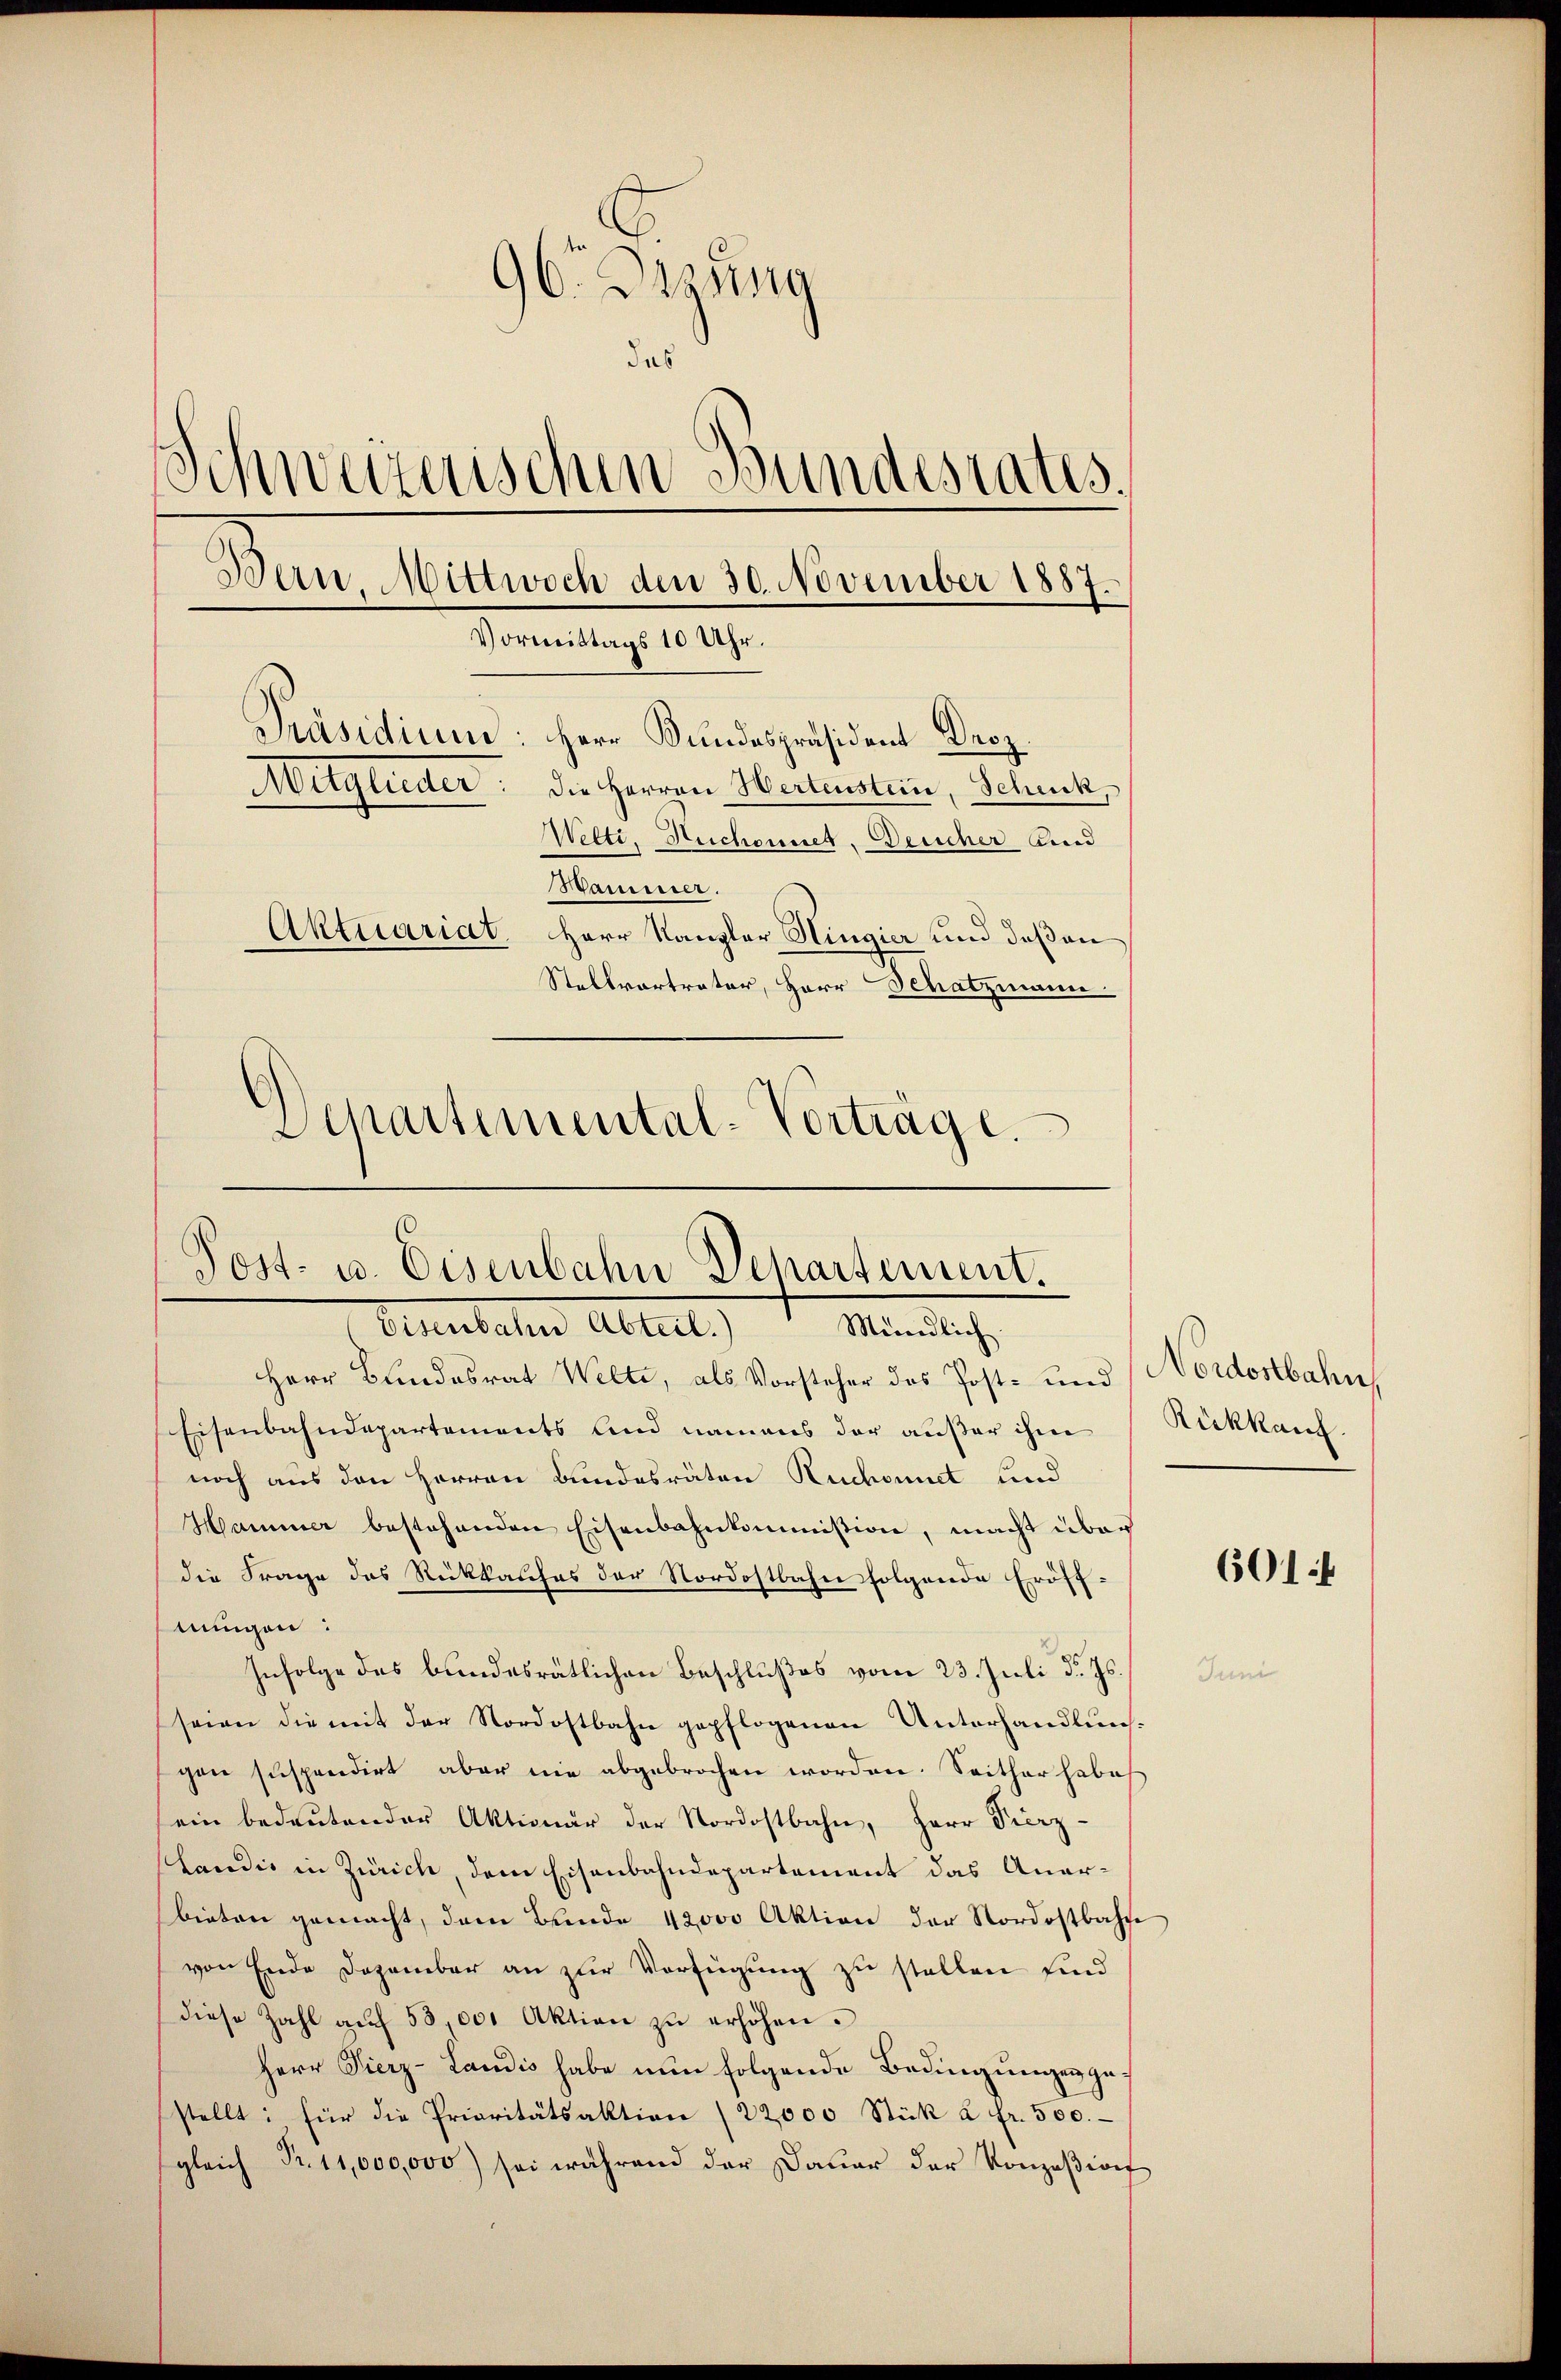
96 Gesung
das
s
Schweizerischen Bundesrates.
Bern, Mittwoch den 30. November 1887
f
Vormittags 10 Uhr.
Präsidium: Herr Bundespräsident Droz
Metgleiter
Die Herren Wertenstein, Schenk,
Welti, Ruchennet. Deucher Kind
Mammer.
Aktuariat. Herr Kanzler Hingier und deßen
Stellvertrater, Herr Schatzmann
Schartemental-Vorträge.

Post- u. Eisenbahn Departement.
Eisenbahn Abteil. Mündlich.

Herr Bundesrat Welti, als Vorsteher des Post- und
Eisenbahndepartements und namens der außer ihm
noch aus den Herren Bundesräten Ruchonnet und
Hammer bestehenden Eisenbahnkommission, macht über
die Frage das Rückkaufes der Nordostbahn folgende Eröff-
ningen:
Infolge des bundesratlichen Beschlußes vom 23. Juli d. Js.
seien die mit der Nordostbahn gepflogenen Unterhandlung
gen suspendirt aber nie abgebrochen worden. Seither habes
ein bedeutender Aktionär der Nordostbahn, Herr Vierz-
shandis in Zürich, dem Eisenbahndepartement das Anarbieten gemacht, dem Bunde 12000 Aktion der Nordostbahne
von Ende Dezember an zur Verfügung zu stellen sind
diese Zahl aŭf 53,000 Aktion zŭ erhöhen.
Herr Vierz-Landis habe nun folgende Bedingungen zustellt: für die Prioritätsaktion (22,000 Stück à Fr. 500.
sgleich Pr. 11,000,000) sei während der Dauer der Konzesions

Nordostbahn
Rückkauf.

601 f